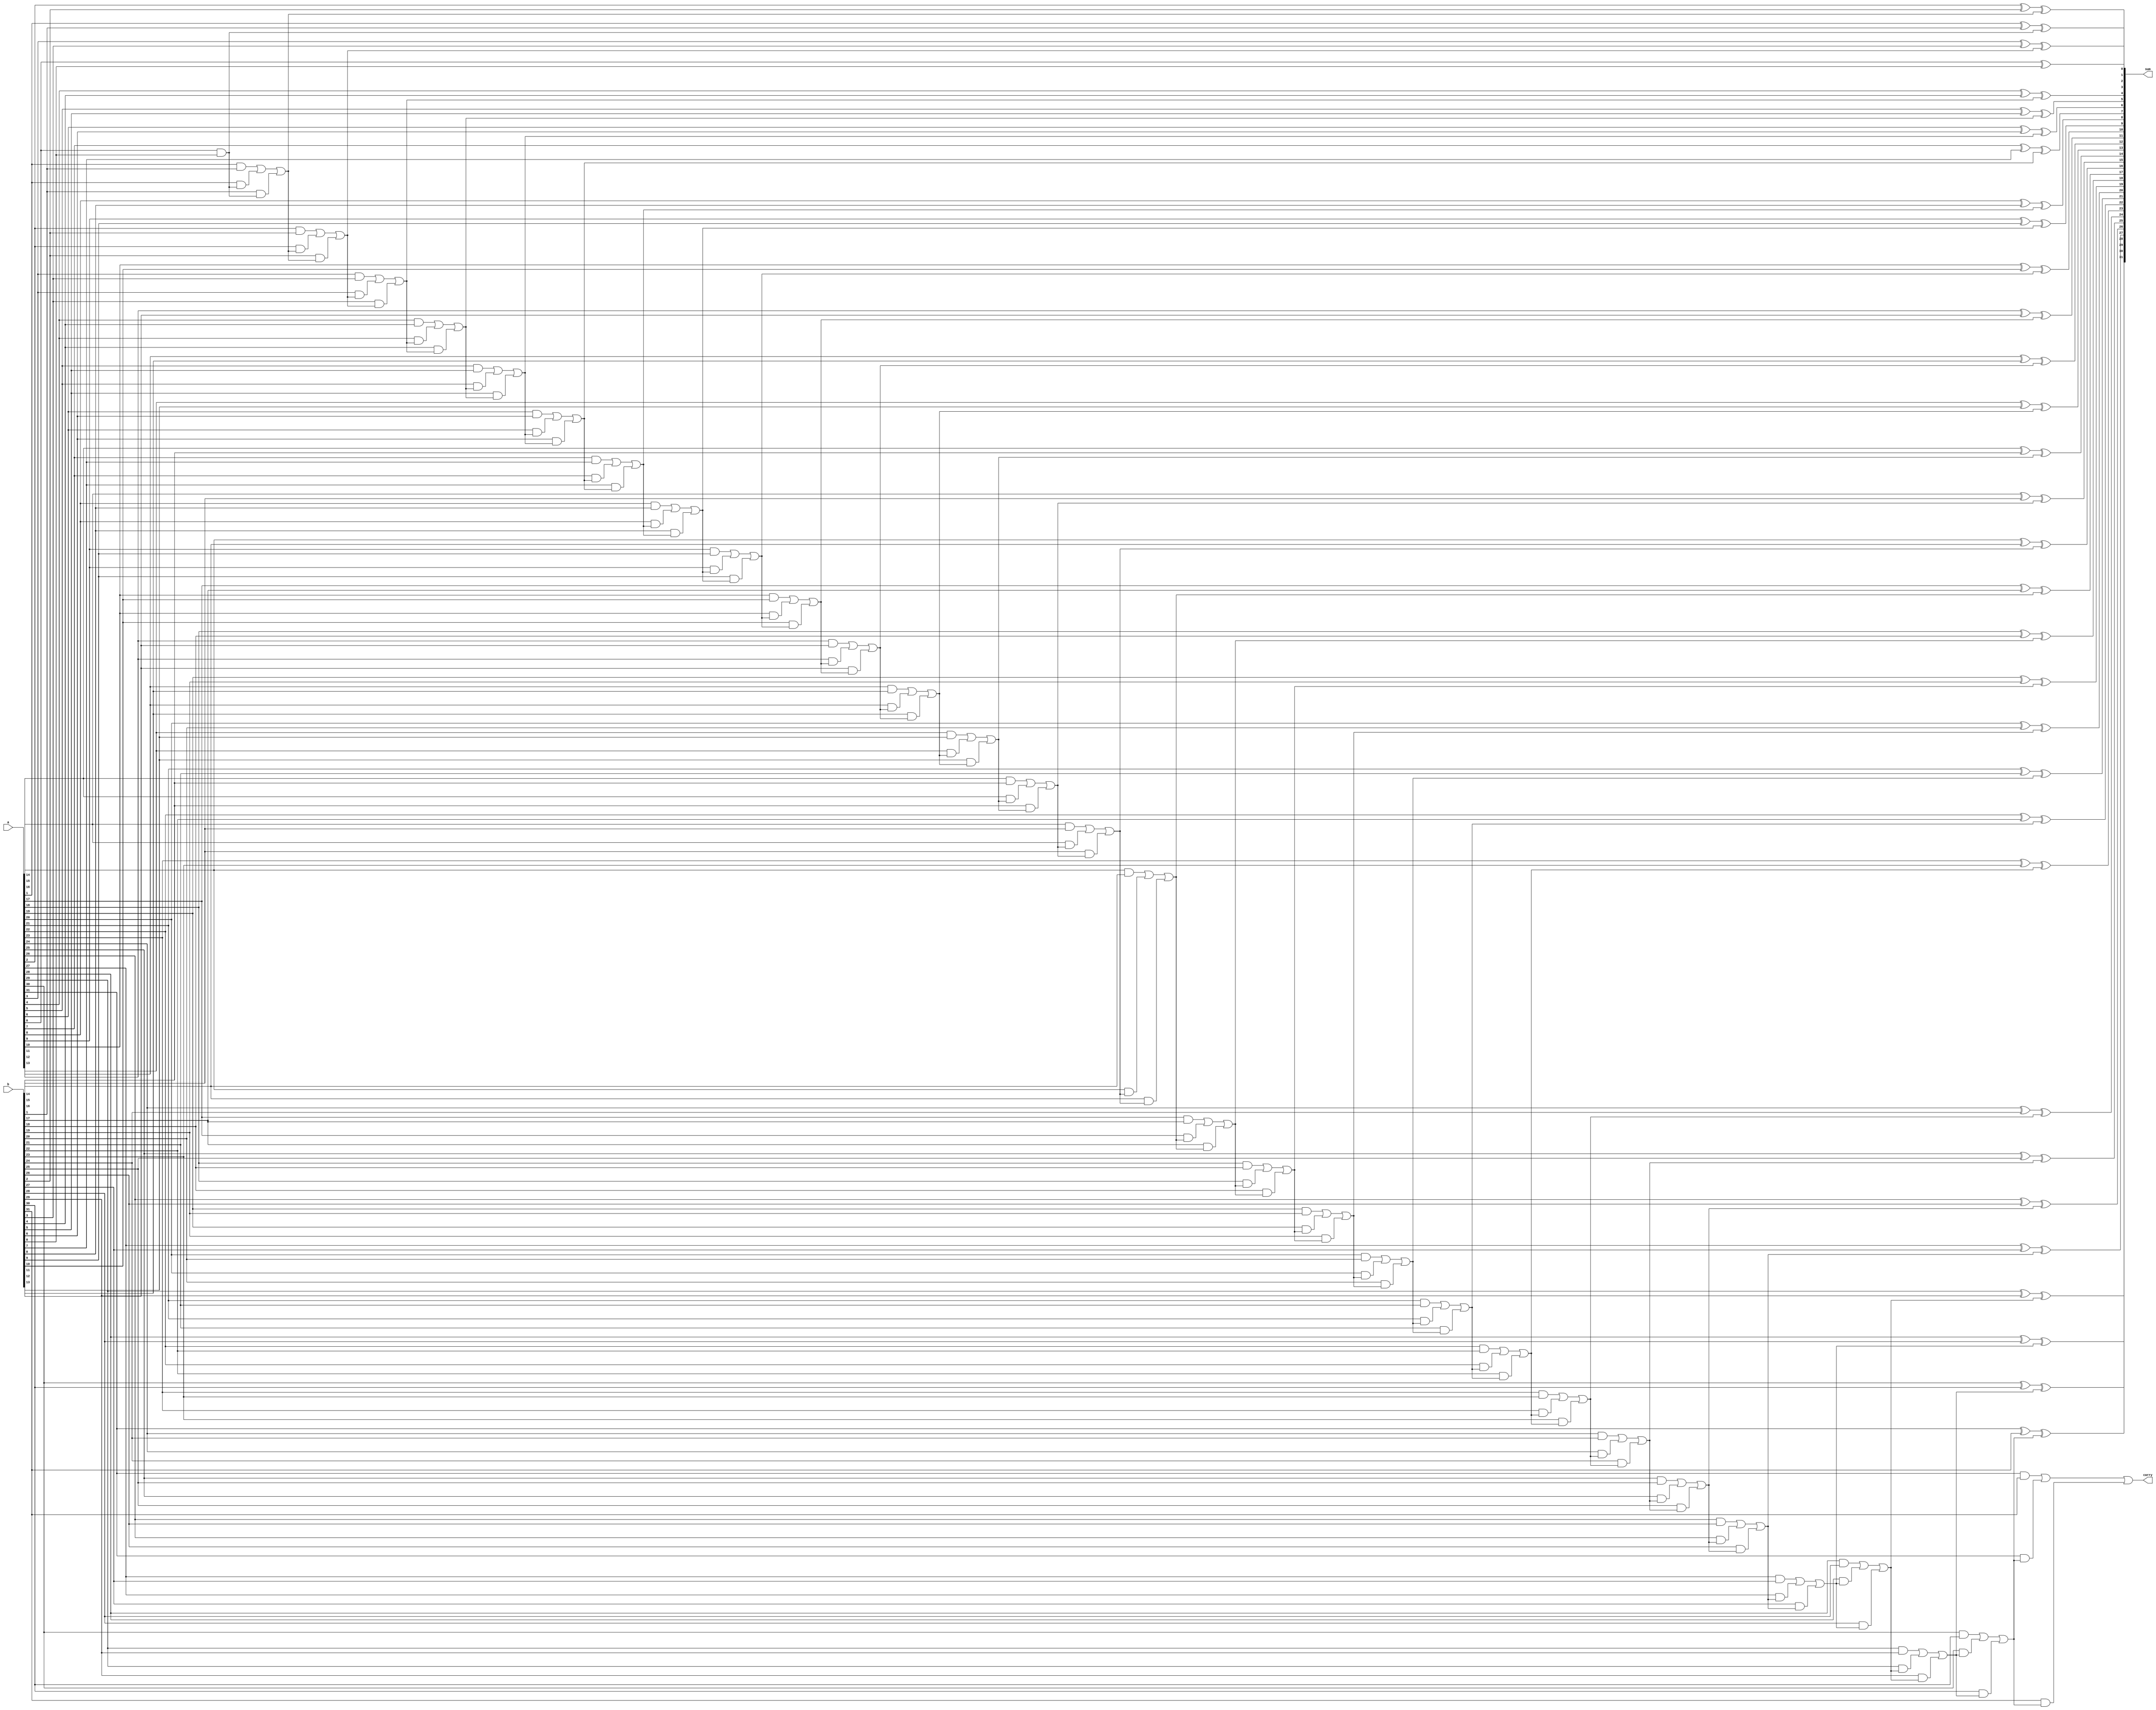
/* ACM Class System (I) Fall Assignment 1 
 *
 *
 * Implement your naive adder here
 * 
 * GUIDE:
 *   1. Create a RTL project in Vivado
 *   2. Put this file into `Sources'
 *   3. Put `test_adder.v' into `Simulation Sources'
 *   4. Run Behavioral Simulation
 *   5. Make sure to run at least 100 steps during the simulation (usually 100ns)
 *   6. You can see the results in `Tcl console'
 *
 */

module adder(
	input         [31:0]      a,
    input         [31:0]      b,
    output reg    [31:0]      sum,
	output reg 				  carry
);

	integer i;
	always @(*) begin 
		carry = 0;
		for (i = 0; i < 32; i = i + 1) begin
            sum[i] = a[i] ^ b[i] ^ carry;
            carry = (a[i] & b[i]) | (a[i] & carry) | (b[i] & carry);
        end
	end

endmodule

module Add(
	input  [31:0]          a,
    input  [31:0]          b,
    output reg [31:0]      sum
);
	wire [31:0] res;
	wire carry;
	adder calc(a, b, res, carry);
	always @(*) begin 
		sum <= res;
	end		

endmodule